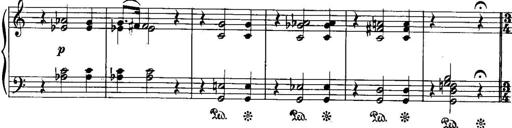
Title: Piano Sonatina No.1, Op.146
Composer: Stephen Heller